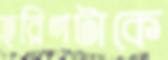
হরিণটাকে